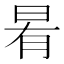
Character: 𭥯